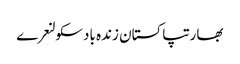
بھارتپاکستان زندہ بادسکولنعرے